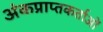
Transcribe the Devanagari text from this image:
अंकप्राप्तकर्ताओं